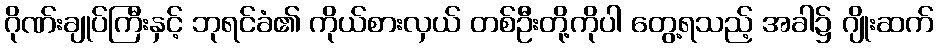
ဂိုဏ်းချုပ်ကြီးနှင့် ဘုရင်ခံ၏ ကိုယ်စားလှယ် တစ်ဦးတို့ကိုပါ တွေ့ရသည့် အခါ၌ ဂျိုးဆက်